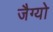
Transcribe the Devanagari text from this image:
जैग्यो